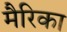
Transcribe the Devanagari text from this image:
मैरिका